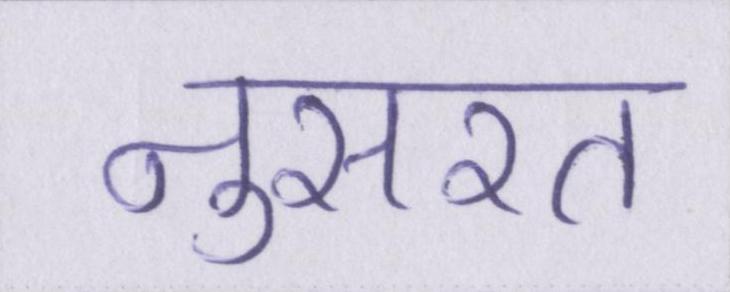
नुसरत